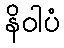
နိဝါပံ